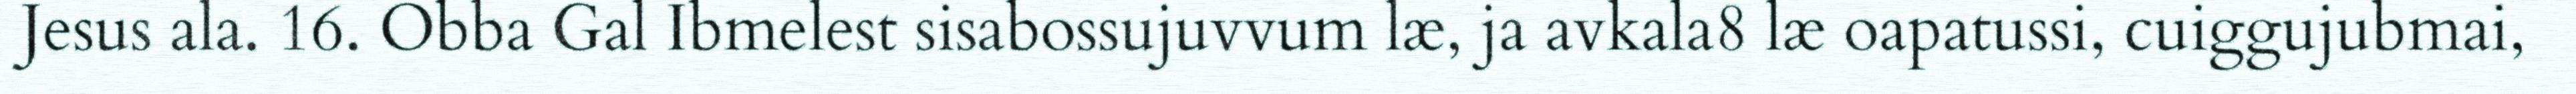
Jesus ala. 16. Obba Gal Ibmelest sisabossujuvvum læ, ja avkala8 læ oapatussi, cuiggujubmai,